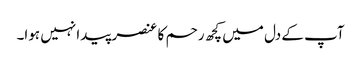
آپ کے دل میں کچھ رحم کا عنصر پیدا نہیں ہوا۔